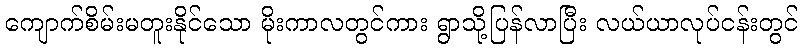
ကျောက်စိမ်းမတူးနိုင်သော မိုးကာလတွင်ကား ရွာသို့ပြန်လာပြီး လယ်ယာလုပ်ငန်းတွင်